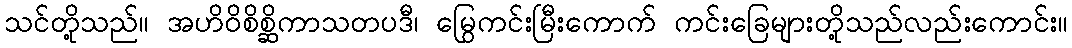
သင်တို့သည်။ အဟိဝိစိစ္ဆိကာသတပဒီ၊ မြွေကင်းမြီးကောက် ကင်းခြေများတို့သည်လည်းကောင်း။